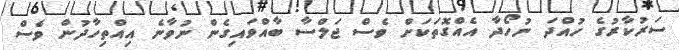
ސަރުކާރުގެ ހުއްދަ ނުހޯދާ އެއްގޮތަކަށް ވެސް ޖަލްސާ ބާއްވައިގެން ނުވާނެ އިއްތިހާދުން ވެސް